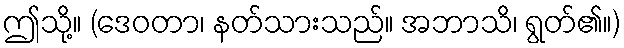
ဤသို့။ (ဒေဝတာ၊ နတ်သားသည်။ အဘာသိ၊ ရွတ်၏။)